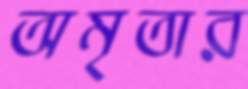
অমৃতার